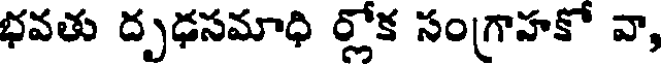
భవతు దృఢసమాధి ర్లోక సంగ్రాహకో వా,